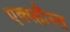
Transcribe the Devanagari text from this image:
एक्स्हौस्त